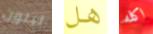
لينون هل اكله